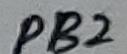
Text: PB2